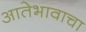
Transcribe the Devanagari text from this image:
आतेभावाचा